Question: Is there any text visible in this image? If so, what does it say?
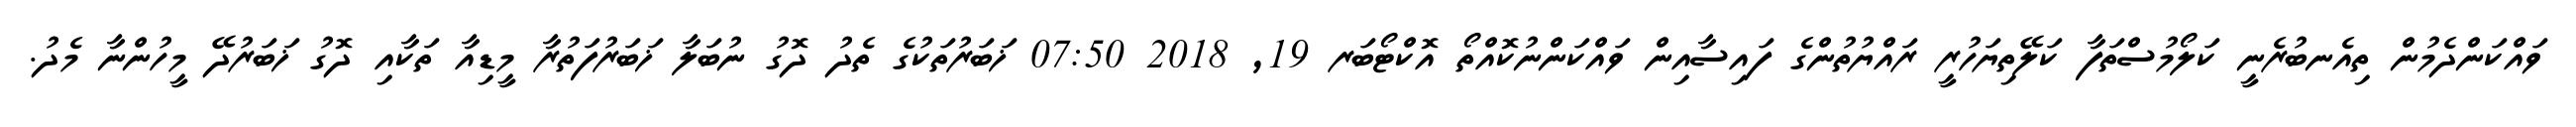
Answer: ވައްކަންދެމުން ތިއެނބުރެނީ ކަލޯމުސްތަފާ ކަލޭތިޔަހުރީ ރައްޔުތުންގެ ފައިސާއިން ވައްކަންނުކޮއްތޯ އޮކްޓޯބަރ 19, 2018 07:50 ޚަބަރުތަކުގެ ތެދު ދޮގު ނުބަލާ ޚަބަރުފަތުރާ މީޑިއާ ތަކާއި ދޮގު ޚަބަރުދޭ މީހުންނާ މެދު.